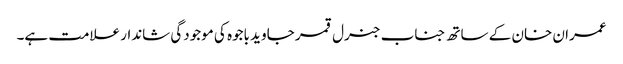
عمران خان کے ساتھ جناب جنرل قمر جاوید باجوہ کی موجودگی شاندار علامت ہے۔